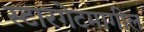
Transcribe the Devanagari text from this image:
स्टारगेटमागील